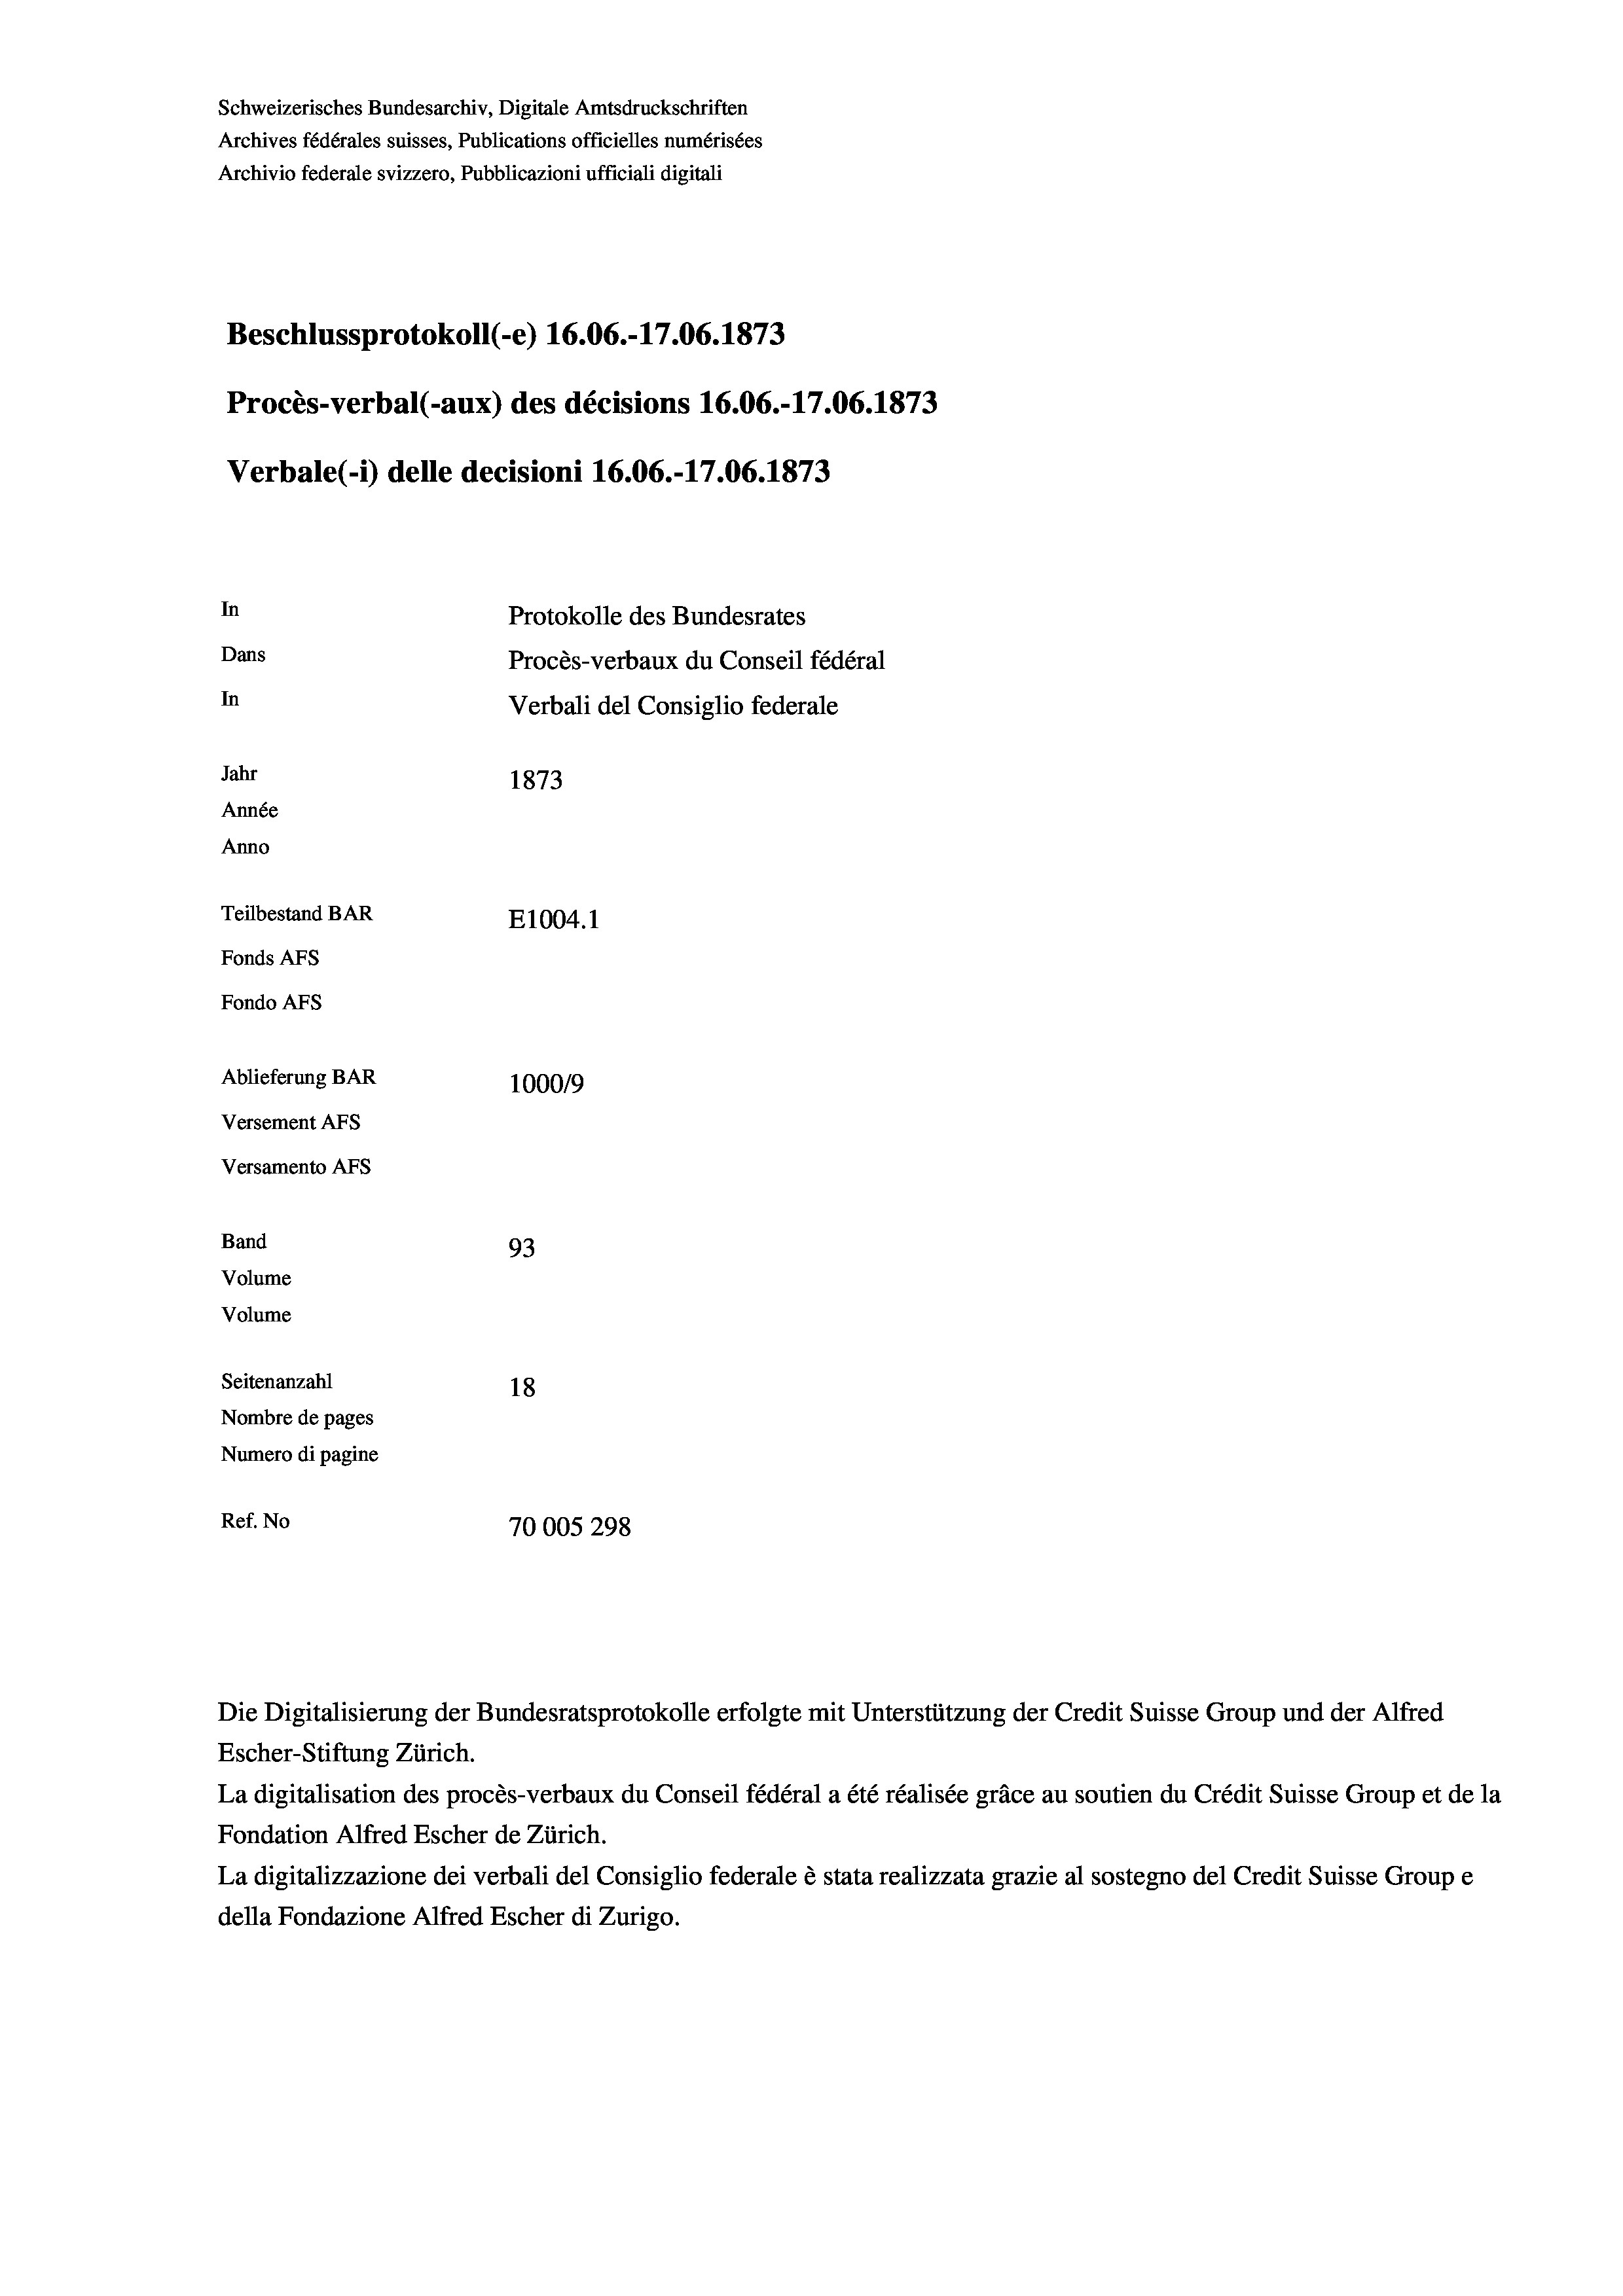
Schweizerisches Bundesarchiv, Digitale Amtsdruckschriften
Archives fédérales suisses, Publications officielles numérisées
Archivio federale svizzero, Pubblicazioni ufficiali digitali
Beschlussprotokoll (e) 16.06.-17.06. 1873
Procès-verbal (-aux) des décisions 16.06.-17.06. 1873
Verbale (- 1) delle decisioni 16.06.-17.06. 1873
In
Protokolle des Bundesrates
Dans
Procès-verbaux du Conseil fédéral
In
Verbali del Consiglio federale
Jahr
1873
Année
Anno
Teilbestand BAR
E1004. 1
Fonds AFs
Fondo Afs
Ablieferung BAR
100019
Versement AFs
Versamento AFs
Band
93
Volume
Volume

Seitenanzahl
18
Nombre de pages
Numero di pagine
Ref. No
70005 298

Escher-Stiftung Zürich.
La digitalisation des procès-verbaux du Conseil fédéral a été réalisée gräce au soutien du Crédit Suisse Group et de la
Fondation Alfred Escher de Zürich.
La digitalizzazione dei verbali del Consiglio federale è stata realizzata grazie al sostegno del Credit Suisse Groupe
della Fondazione Alfred Escher di Zurigo.

Die Digitalisierung der Bundesratsprotokolle erfolgte mit Unterstützung der Credit Suisse Group und der Alfred